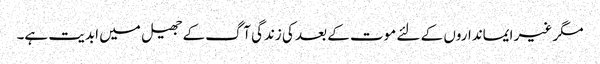
مگر غیر ایمانداروں کے لئے موت کے بعد کی زندگی آگ کے جھیل میں ابدیت ہے۔